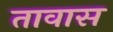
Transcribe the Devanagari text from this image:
तावास